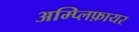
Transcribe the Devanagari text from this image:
अम्प्लिफ़ायर